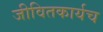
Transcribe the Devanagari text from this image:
जीवितकार्यच